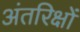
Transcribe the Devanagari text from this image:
अंतरिक्षों